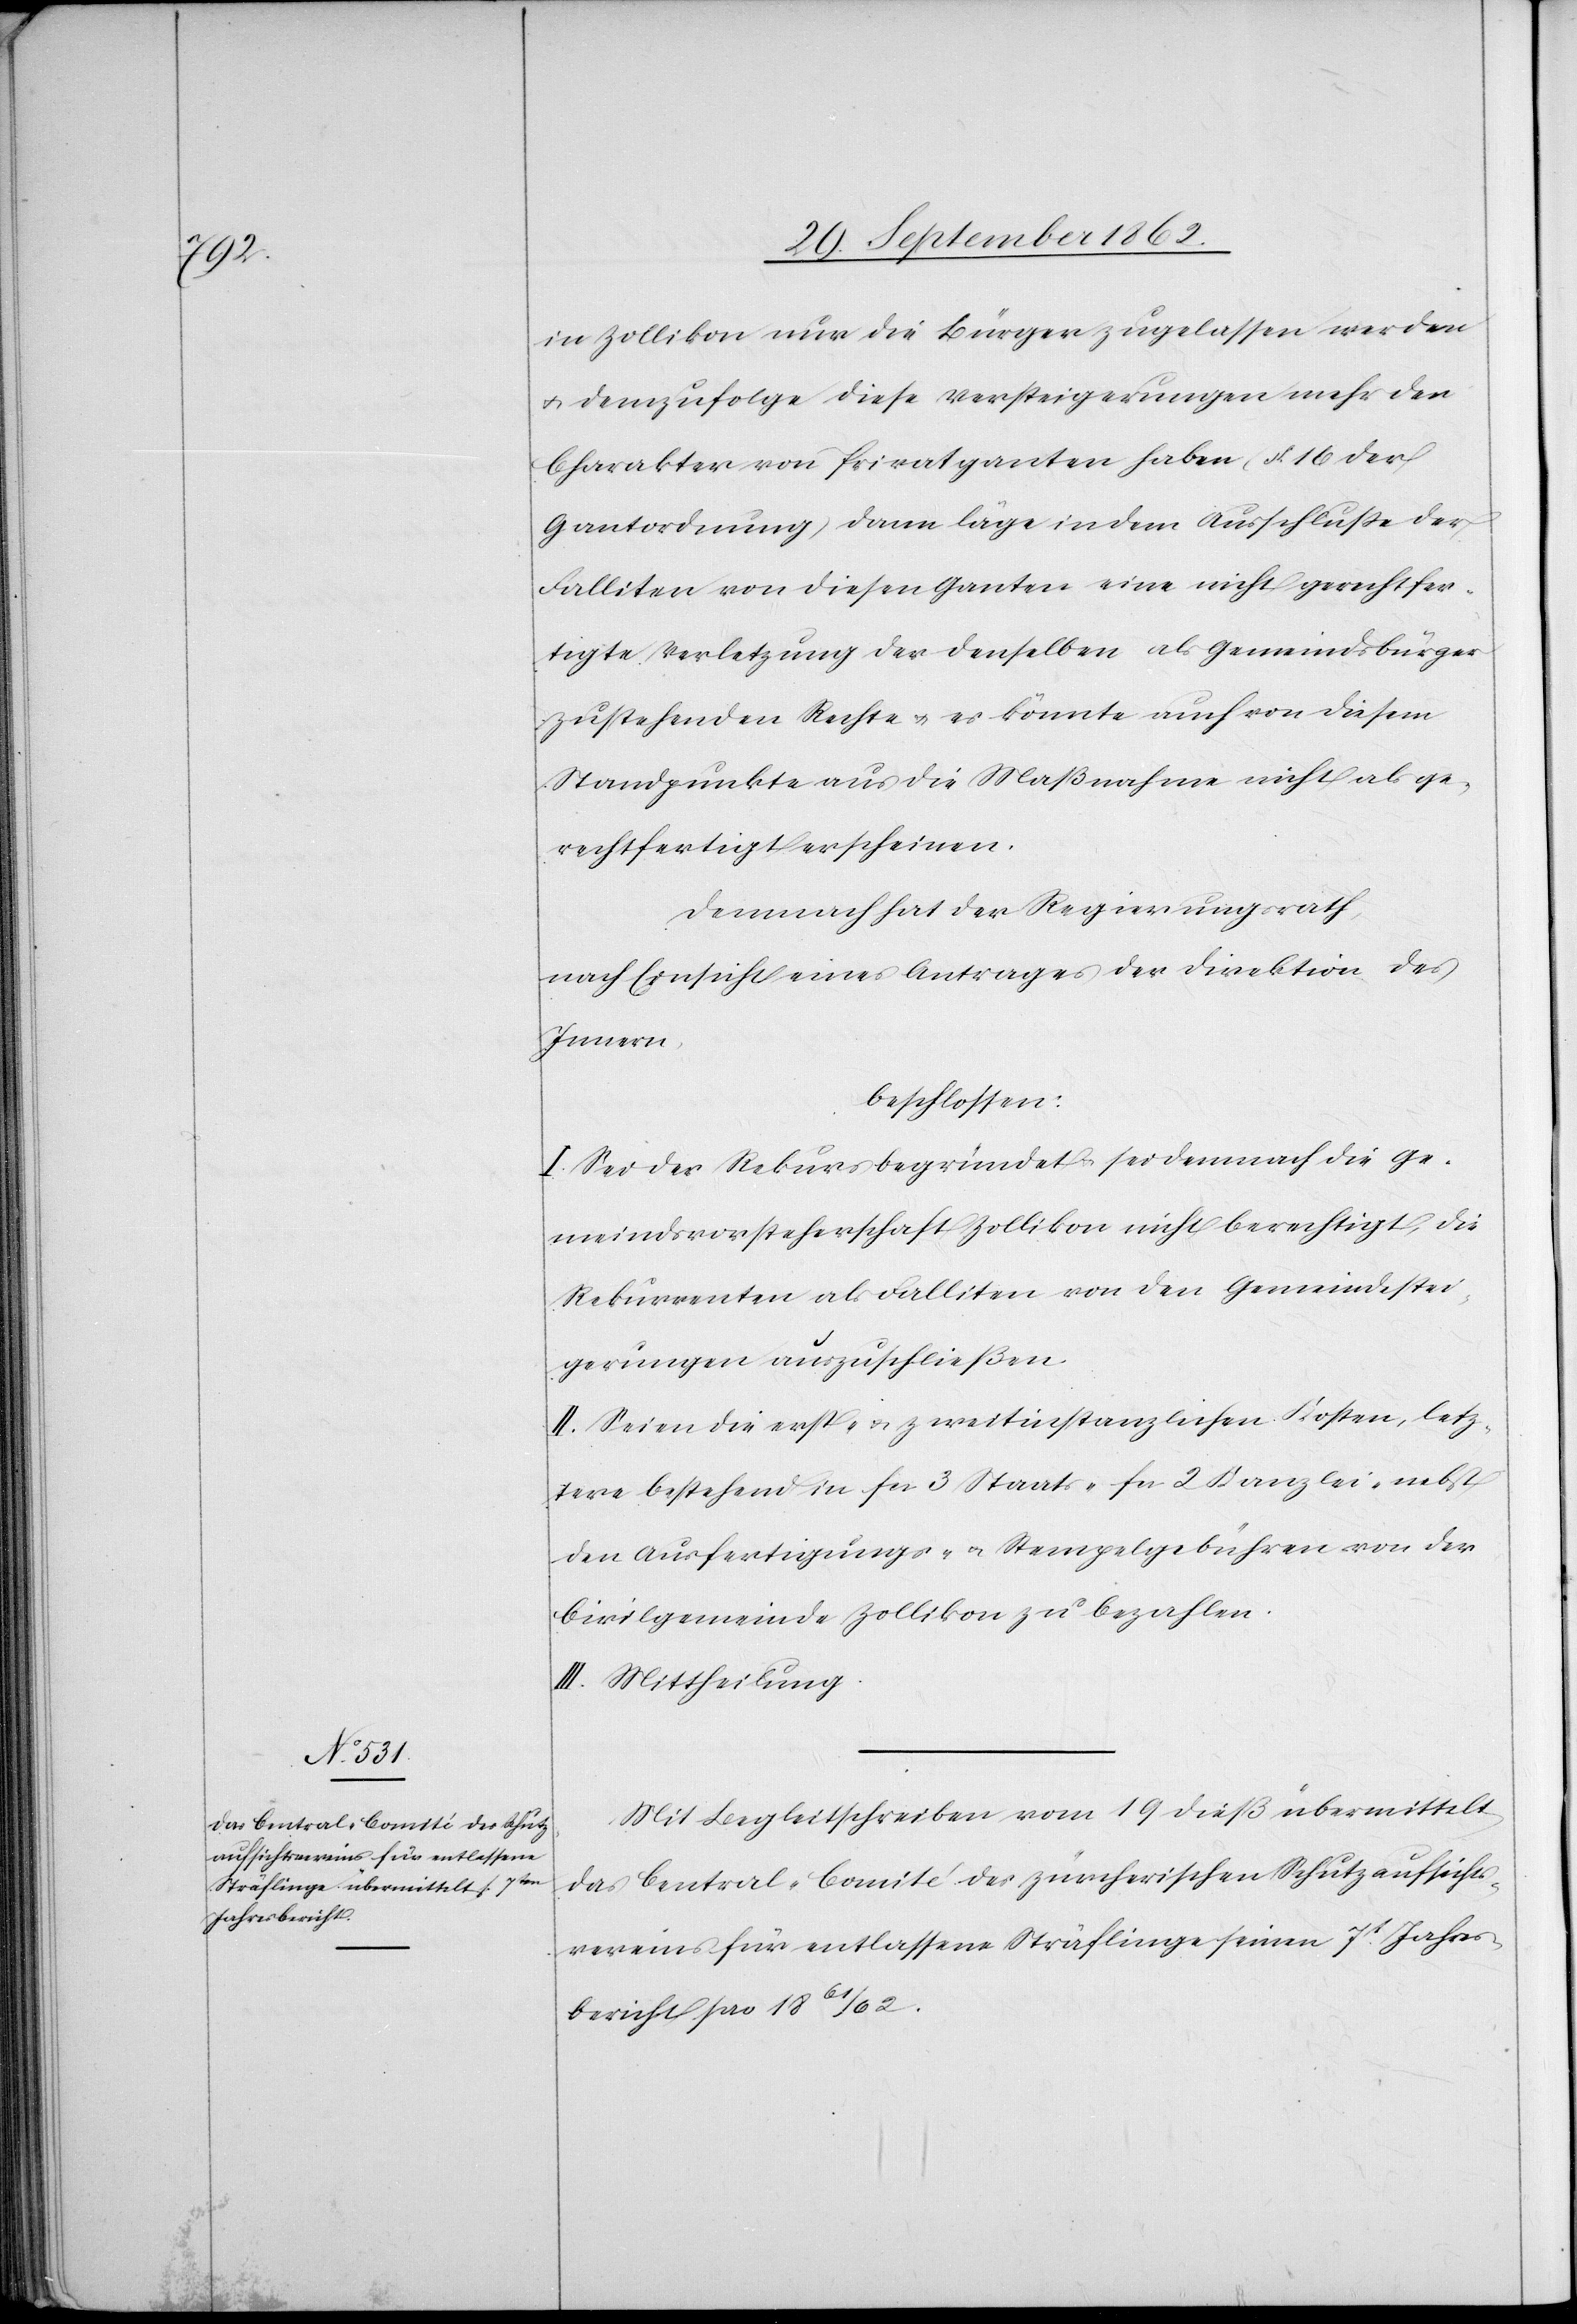
in Zollikon nur die Bürger zugelassen werden
u. demzufolge diese Versteigerungen mehr den
Charakter von Privatganten haben (§. 16 der
Gantordnung) dann läge indem Ausschluße der
Falliten von diesen Ganten eine nicht gerechtfer¬
tigte Verletzung der denselben als Gemeindsbürger
zustehenden Rechte u. es könnten auch von diesem
Standpunkte aus die Maßnahmen nicht als ge¬
rechtfertigt erscheinen.
Demnach hat der Regierungsrath,
nach Einsicht eine Antrages der Direktion des
Innern,
beschlossen:
I. Sei der Rekurs begründet u. sei demnach die Ge¬
meindsvorsteherschaft Zollikon nicht berechtigt, die
Rekurrenten als Falliten von den Gemeindstei¬
gerungen auszuschließen.
II. Seien die erst- u. zweitinstanzlichen Kosten, letz¬
tere bestehend in fcs. 3 Staats-[,] fcs. 2 Kanzlei- nebst
den Ausfertigungs- u. Stempelgebühren von der
Civilgemeinde Zollikon zu bezahlen.
III. Mittheilung.
Mit Begleitschreiben vom 19. dieß übermittelt
das Central-Comité des zürcherischen Schutzaufsichts¬
vereins für entlassene Sträflinge seinen 7t Jahres¬
bericht pro 1861/62.